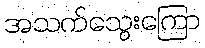
အသက်သွေးကြော